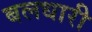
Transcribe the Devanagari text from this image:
बलधारी